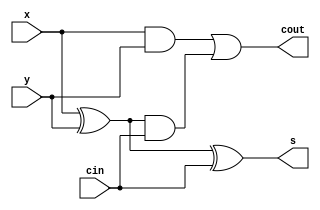
module full_adder ( input       x,
                                y,
                                cin,
                    output      s,
                                cout
                   );
  
  assign    s = x ^ y ^ cin;
  assign    cout = x&y | ( x ^ y ) & cin;

endmodule